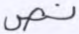
نص